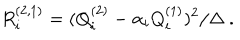
R _ { i } ^ { ( 2 , 1 ) } = ( Q _ { i } ^ { ( 2 ) } - \alpha _ { i } Q _ { i } ^ { ( 1 ) } ) ^ { 2 } / \Delta \ .